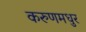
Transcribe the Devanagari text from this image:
करुणमधुर